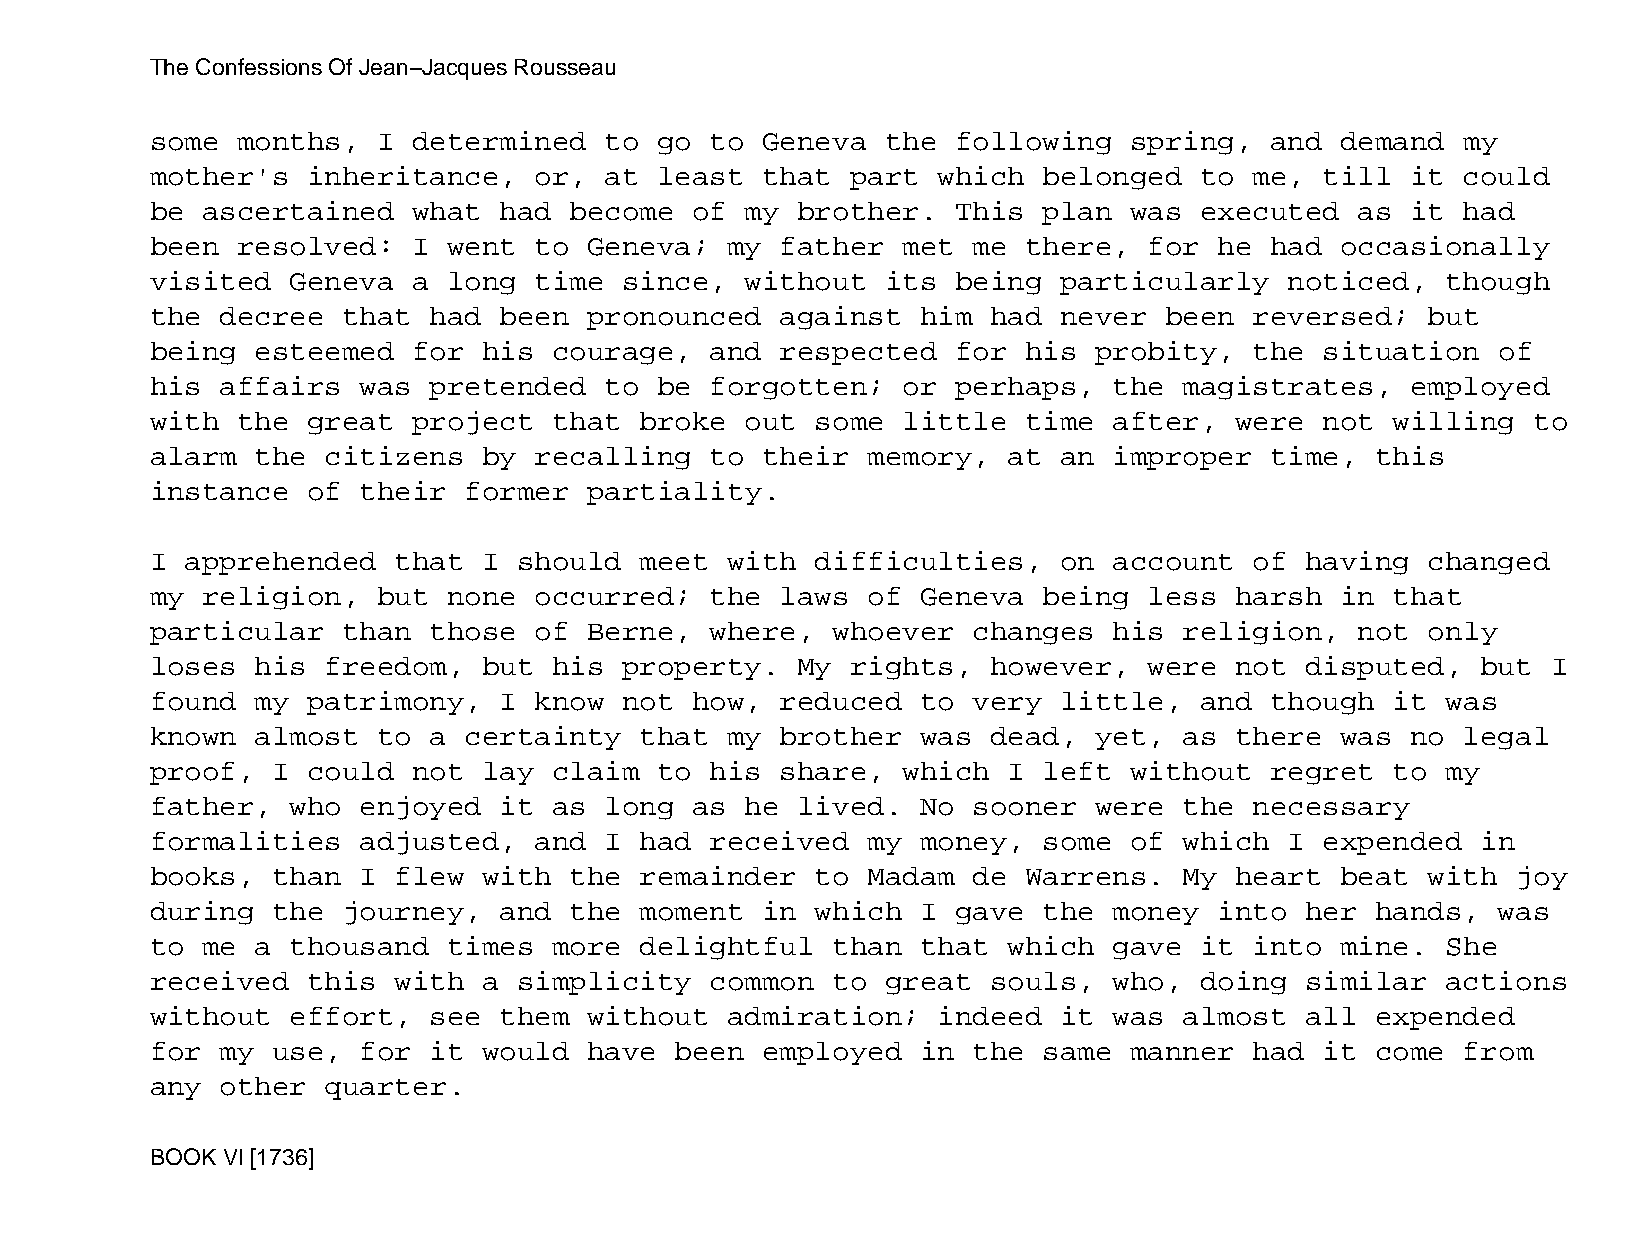
The Confessions Of Jean−Jacques Rousseau
 some  months,  I determined   to  go to Geneva   the following   spring,  and  demand  my
 mother's  inheritance,   or,  at  least that  part  which  belonged  to  me,  till it  could
 be ascertained   what  had  become  of my  brother.  This  plan  was executed   as it  had
 been  resolved:  I  went to  Geneva;  my  father  met me  there,  for  he had  occasionally
 visited  Geneva  a  long time  since,  without   its being  particularly   noticed,   though
 the  decree  that had  been  pronounced   against  him  had never  been  reversed;   but
 being  esteemed  for  his  courage,  and  respected  for  his probity,   the  situation  of
 his  affairs  was pretended   to  be forgotten;   or perhaps,   the magistrates,   employed
 with  the great  project   that broke  out  some  little  time  after,  were  not willing  to
 alarm  the  citizens  by recalling   to their  memory,   at an  improper  time,  this
 instance  of  their  former  partiality.
 I apprehended   that  I should  meet  with  difficulties,   on  account  of having   changed
 my religion,   but  none occurred;   the  laws of  Geneva  being  less  harsh  in that
 particular   than those  of  Berne,  where,  whoever  changes   his religion,   not  only
 loses  his  freedom,  but  his property.   My rights,   however,  were  not disputed,   but  I
 found  my patrimony,   I know  not  how,  reduced  to very  little,  and  though  it  was
 known  almost  to a  certainty  that  my  brother  was  dead, yet,  as  there  was no  legal
 proof,  I could  not  lay  claim  to his  share,  which  I left  without  regret  to  my
 father,  who  enjoyed  it  as long  as he  lived.  No sooner  were  the  necessary
 formalities   adjusted,  and  I had  received  my  money,  some  of which  I  expended  in
 books,  than  I flew  with  the remainder   to Madam  de  Warrens.  My  heart  beat  with joy
 during  the  journey,  and  the moment  in  which  I gave  the  money  into her  hands,  was
 to me  a thousand   times  more delightful   than  that  which  gave it  into  mine.  She
 received  this  with  a simplicity   common  to  great  souls,  who, doing  similar   actions
 without  effort,  see  them  without  admiration;   indeed  it  was almost  all  expended
 for  my use,  for it  would  have  been employed   in the  same  manner  had  it come  from
 any  other  quarter.
 BOOK VI [1736]